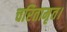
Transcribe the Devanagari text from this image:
चरितामृत।